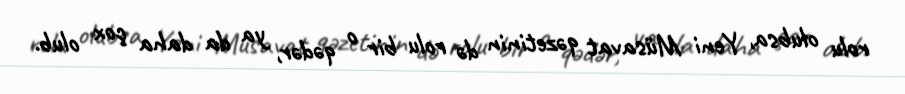
rolu olubsa, Yeni Müsavat qəzetinin də rolu bir o qədər, ya da daha çox olub.